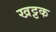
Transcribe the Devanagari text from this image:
खट्टक